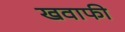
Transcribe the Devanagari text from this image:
खवाफी